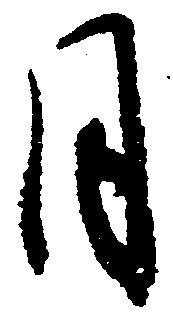
月